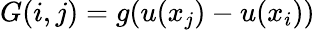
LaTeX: G(i,j)=g(u(x_{j})-u(x_{i}))